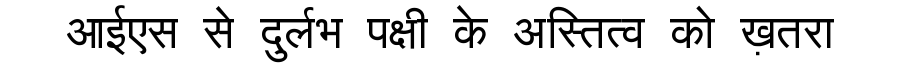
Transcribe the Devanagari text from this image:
आईएस से दुर्लभ पक्षी के अस्तित्व को ख़तरा